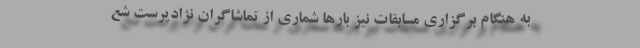
به هنگام برگزاری مسابقات نیز بارها شماری از تماشاگران نژادپرست شع